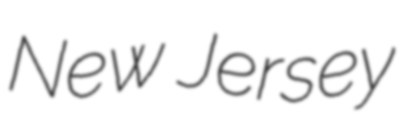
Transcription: New Jersey